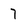
Character: 7